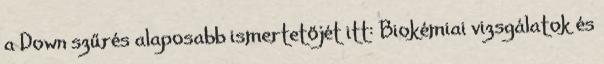
a Down szűrés alaposabb ismertetőjét itt: Biokémiai vizsgálatok és